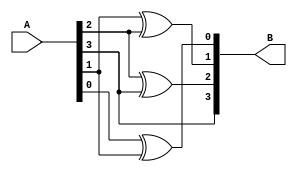
module bcd_greyc(A,B);
	input [0:3]A;
	output [0:3]B;
	
	xor
		n1(B[0],A[0],0),
		n2(B[1],A[1],A[0]),
		n3(B[2],A[2],A[1]),
		n4(B[3],A[3],A[2]);
endmodule